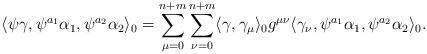
LaTeX: \begin{align*}\langle \psi \gamma,\psi^{a_1}\alpha_1,\psi^{a_2}\alpha_2\rangle_{0}=\sum_{\mu=0}^{n+m}\sum_{\nu=0}^{n+m}\langle \gamma,\gamma_\mu\rangle_{0}g^{\mu \nu}\langle \gamma_\nu,\psi^{a_1}\alpha_1,\psi^{a_2}\alpha_2\rangle_{0}.\end{align*}